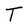
Character: T